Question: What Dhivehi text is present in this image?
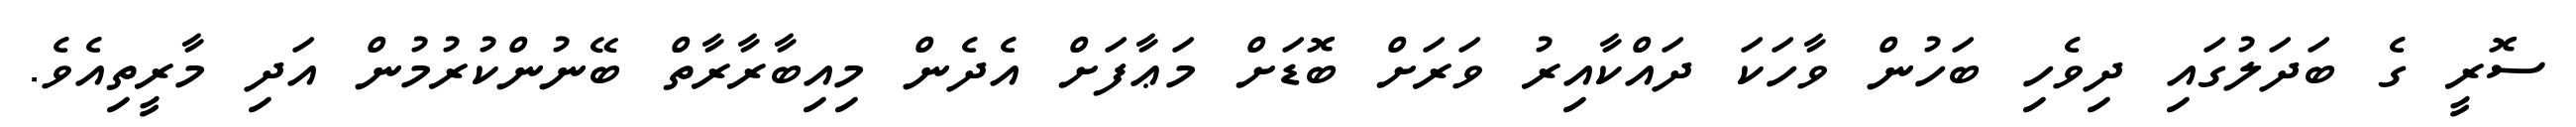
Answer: ސޮރީ ގެ ބަދަލުގައި ދިވެހި ބަހުން ވާހަކަ ދައްކާއިރު ވަރަށް ބޮޑަށް މަޢާފަށް އެދެން މިއިބާރާރާތް ބޭނުންކުރުމުން އަދި މާރީތިއެވެ.